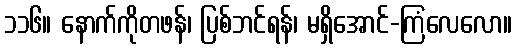
၁၁၆။ နောက်ကိုတဖန်၊ ပြစ်ဘင်ရန်၊ မရှိအောင်-ကြံလေလော။